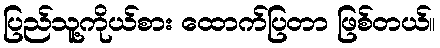
ပြည်သူ့ကိုယ်စား ထောက်ပြတာ ဖြစ်တယ်။